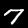
Digit: 7